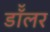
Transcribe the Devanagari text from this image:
डॉॅलर